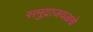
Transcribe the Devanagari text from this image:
समुद्राजवळचे